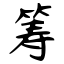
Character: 筹